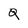
Character: Q